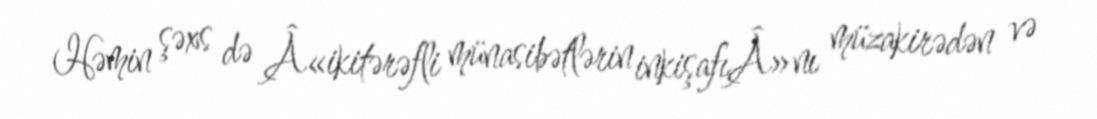
Həmin şəxs də Â«ikitərəfli münasibətlərin inkişafıÂ»nı müzakirədən və